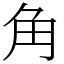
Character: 角